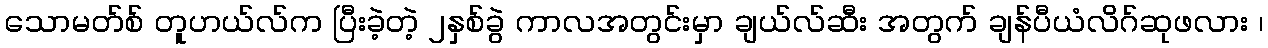
သောမတ်စ် တူဟယ်လ်က ပြီးခဲ့တဲ့ ၂နှစ်ခွဲ ကာလအတွင်းမှာ ချယ်လ်ဆီး အတွက် ချန်ပီယံလိဂ်ဆုဖလား ၊